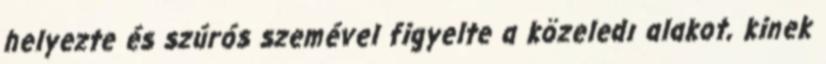
helyezte és szúrós szemével figyelte a közeledı alakot, kinek